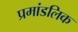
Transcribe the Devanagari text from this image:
प्रमांडलिक